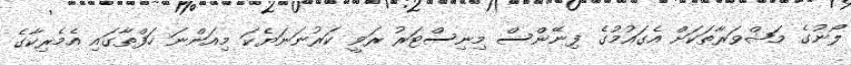
ލޯނުގެ މަޝްވަރާތަކަށް އެގައުމުގެ ފިނޭންސް މިނިސްޓަރު ރަވީ ކަރުނަނަޔެކަ މިއަންނަ ހަފްތާގައި އެމެރިކާގެ